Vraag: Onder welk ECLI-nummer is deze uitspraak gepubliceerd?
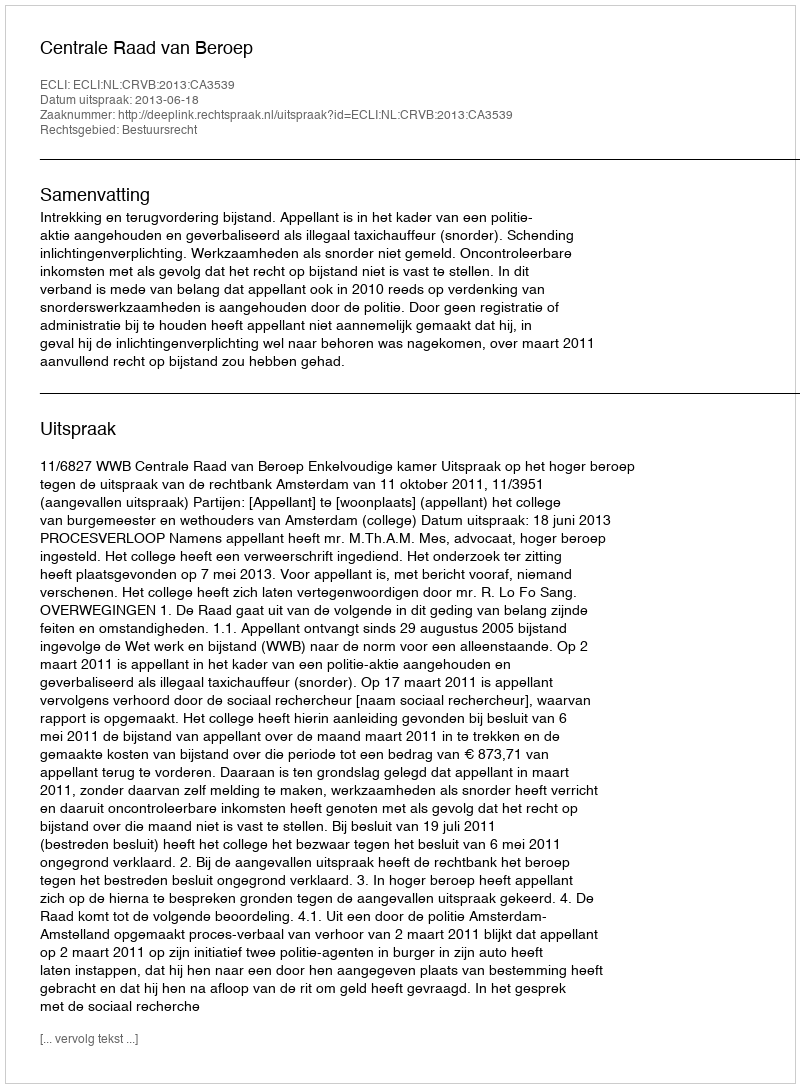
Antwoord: ECLI:NL:CRVB:2013:CA3539